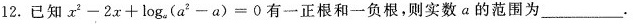
12.已知$$x^{2} -2x+\log_{a}{a^{2}- a} l=0$$有一正根和一负根,则实数a的范围为___.